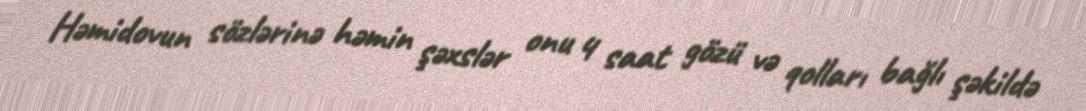
Həmidovun sözlərinə həmin şəxslər onu 4 saat gözü və qolları bağlı şəkildə